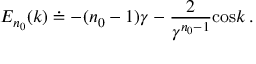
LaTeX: E _ { n _ { 0 } } ( k ) \doteq - ( n _ { 0 } - 1 ) \gamma - { \frac { 2 } { \gamma \sp { n _ { 0 } - 1 } } } \mathrm { c o s } k \, .